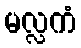
မလ္လကံ